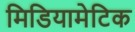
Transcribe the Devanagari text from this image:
मिडियामेटिक